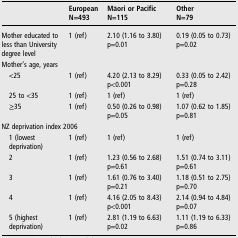
|  | EuropeanN=493 | Māori or PacificN=115 | OtherN=79 |
 | --- | --- | --- | --- |
 | Mother educated to less than University degree level | 1 (ref) | 2.10 (1.16 to 3.80)p=0.01 | 0.19 (0.05 to 0.73)p=0.02 |
 | <COLSPAN=4> Mother's age, years |
 | <25 | 1 (ref) | 4.20 (2.13 to 8.29)p<0.001 | 0.33 (0.05 to 2.42)p=0.28 |
 | 25 to <35 | 1 (ref) | 1 (ref) | 1 (ref) |
 | ≥35 | 1 (ref) | 0.50 (0.26 to 0.98)p=0.05 | 1.07 (0.62 to 1.85)p=0.81 |
 | <COLSPAN=4> NZ deprivation index 2006 |
 | 1 (lowest deprivation) | 1 (ref) | 1 (ref) | 1 (ref) |
 | 2 | 1 (ref) | 1.23 (0.56 to 2.68)p=0.61 | 1.51 (0.74 to 3.11)p=0.61 |
 | 3 | 1 (ref) | 1.61 (0.76 to 3.40)p=0.21 | 1.18 (0.51 to 2.75)p=0.70 |
 | 4 | 1 (ref) | 4.16 (2.05 to 8.43)p<0.001 | 2.14 (0.94 to 4.84)p=0.07 |
 | 5 (highest deprivation) | 1 (ref) | 2.81 (1.19 to 6.63)p=0.02 | 1.11 (1.19 to 6.33)p=0.86 |